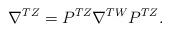
LaTeX: \begin{align*}\nabla^{TZ}=P^{TZ}\nabla^{TW}P^{TZ}.\end{align*}